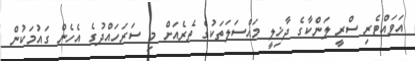
އަވައްޓެރި ސްރީ ލަންކާގެ ދާޚިލީ މައްސަލަތަކުގެ ތެރެއަށް މި ސަރަހައްދުގެ އެހެން ގައުމަކުން